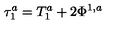
\tau _ { 1 } ^ { a } = T _ { 1 } ^ { a } + 2 \Phi ^ { 1 , a }